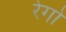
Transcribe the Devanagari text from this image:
रेगो